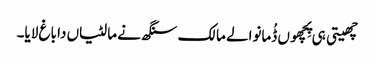
چھیتی ہی پِچھوں ڈُمانوالے مالک سنگھ نے مالٹیاں دا باغ لایا۔